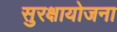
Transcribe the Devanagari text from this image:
सुरक्षायोजना